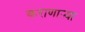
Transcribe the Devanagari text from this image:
कराणाऱ्या